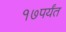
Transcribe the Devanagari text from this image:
१७पर्यंत